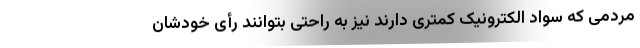
مردمی که سواد الکترونیک کمتری دارند نیز به راحتی بتوانند رأی خودشان